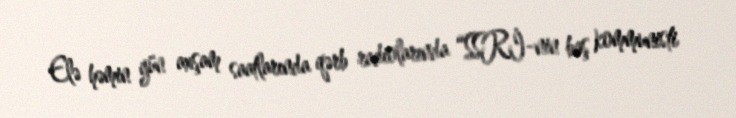
Elə həmin gün axşam saatlarında qərb radiolarında “SSRİ-nin baş kommunisti